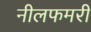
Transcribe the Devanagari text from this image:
नीलफमरी